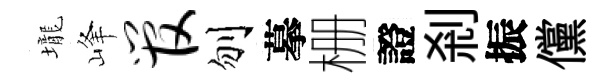
壠峰管刎摹栅證刹振儻